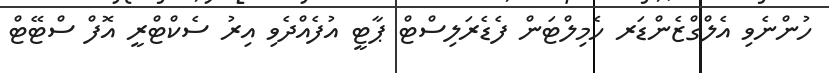
ހުންނެވި އެލްގްޒެންޑަރ ހެމިލްޓަން ފެޑެރަލިސްޓް ޕާޓީ އުފެއްދެވި އިރު ސެކްޓްރީ އޮފް ސްޓޭޓް